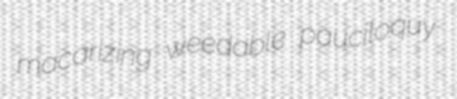
macarizing weedable pauciloquy